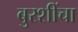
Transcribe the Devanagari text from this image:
बुरशींचा